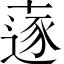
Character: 𠦹